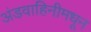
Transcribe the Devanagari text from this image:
अंडवाहिनीमधून